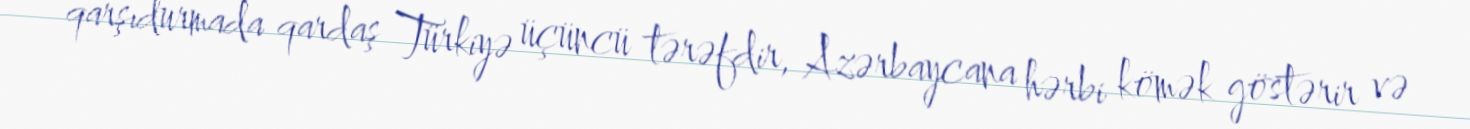
qarşıdurmada qardaş Türkiyə üçüncü tərəfdir, Azərbaycana hərbi kömək göstərir və